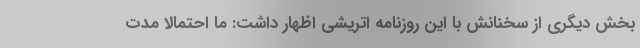
بخش دیگری از سخنانش با این روزنامه اتریشی اظهار داشت: ما احتمالا مدت